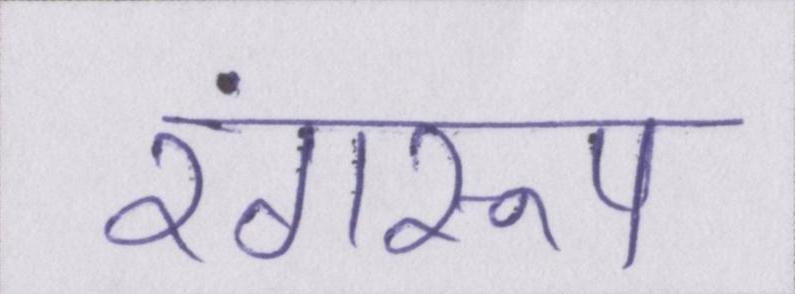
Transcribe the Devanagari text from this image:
रंगरूप